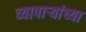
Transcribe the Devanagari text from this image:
व्यापार्‍यांच्या